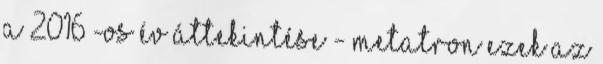
A 2016 -os év áttekintése - Metatron Ezek az